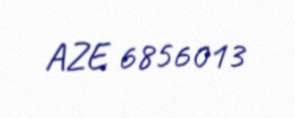
AZE 6856013